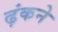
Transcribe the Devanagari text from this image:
ढ़ंकने